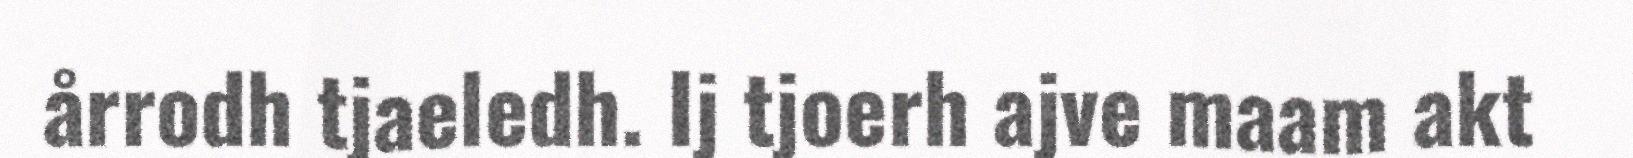
årrodh tjaeledh. Ij tjoerh ajve maam akt